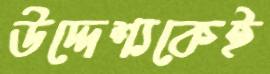
উদ্দেশ্যকেই